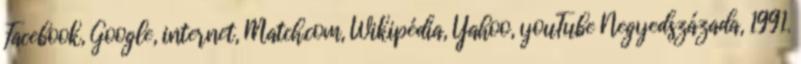
Facebook, Google, internet, Match.com, Wikipédia, Yahoo, youTube Negyedszázada, 1991.